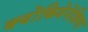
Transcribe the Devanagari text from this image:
क्योंकिवेनेशिया